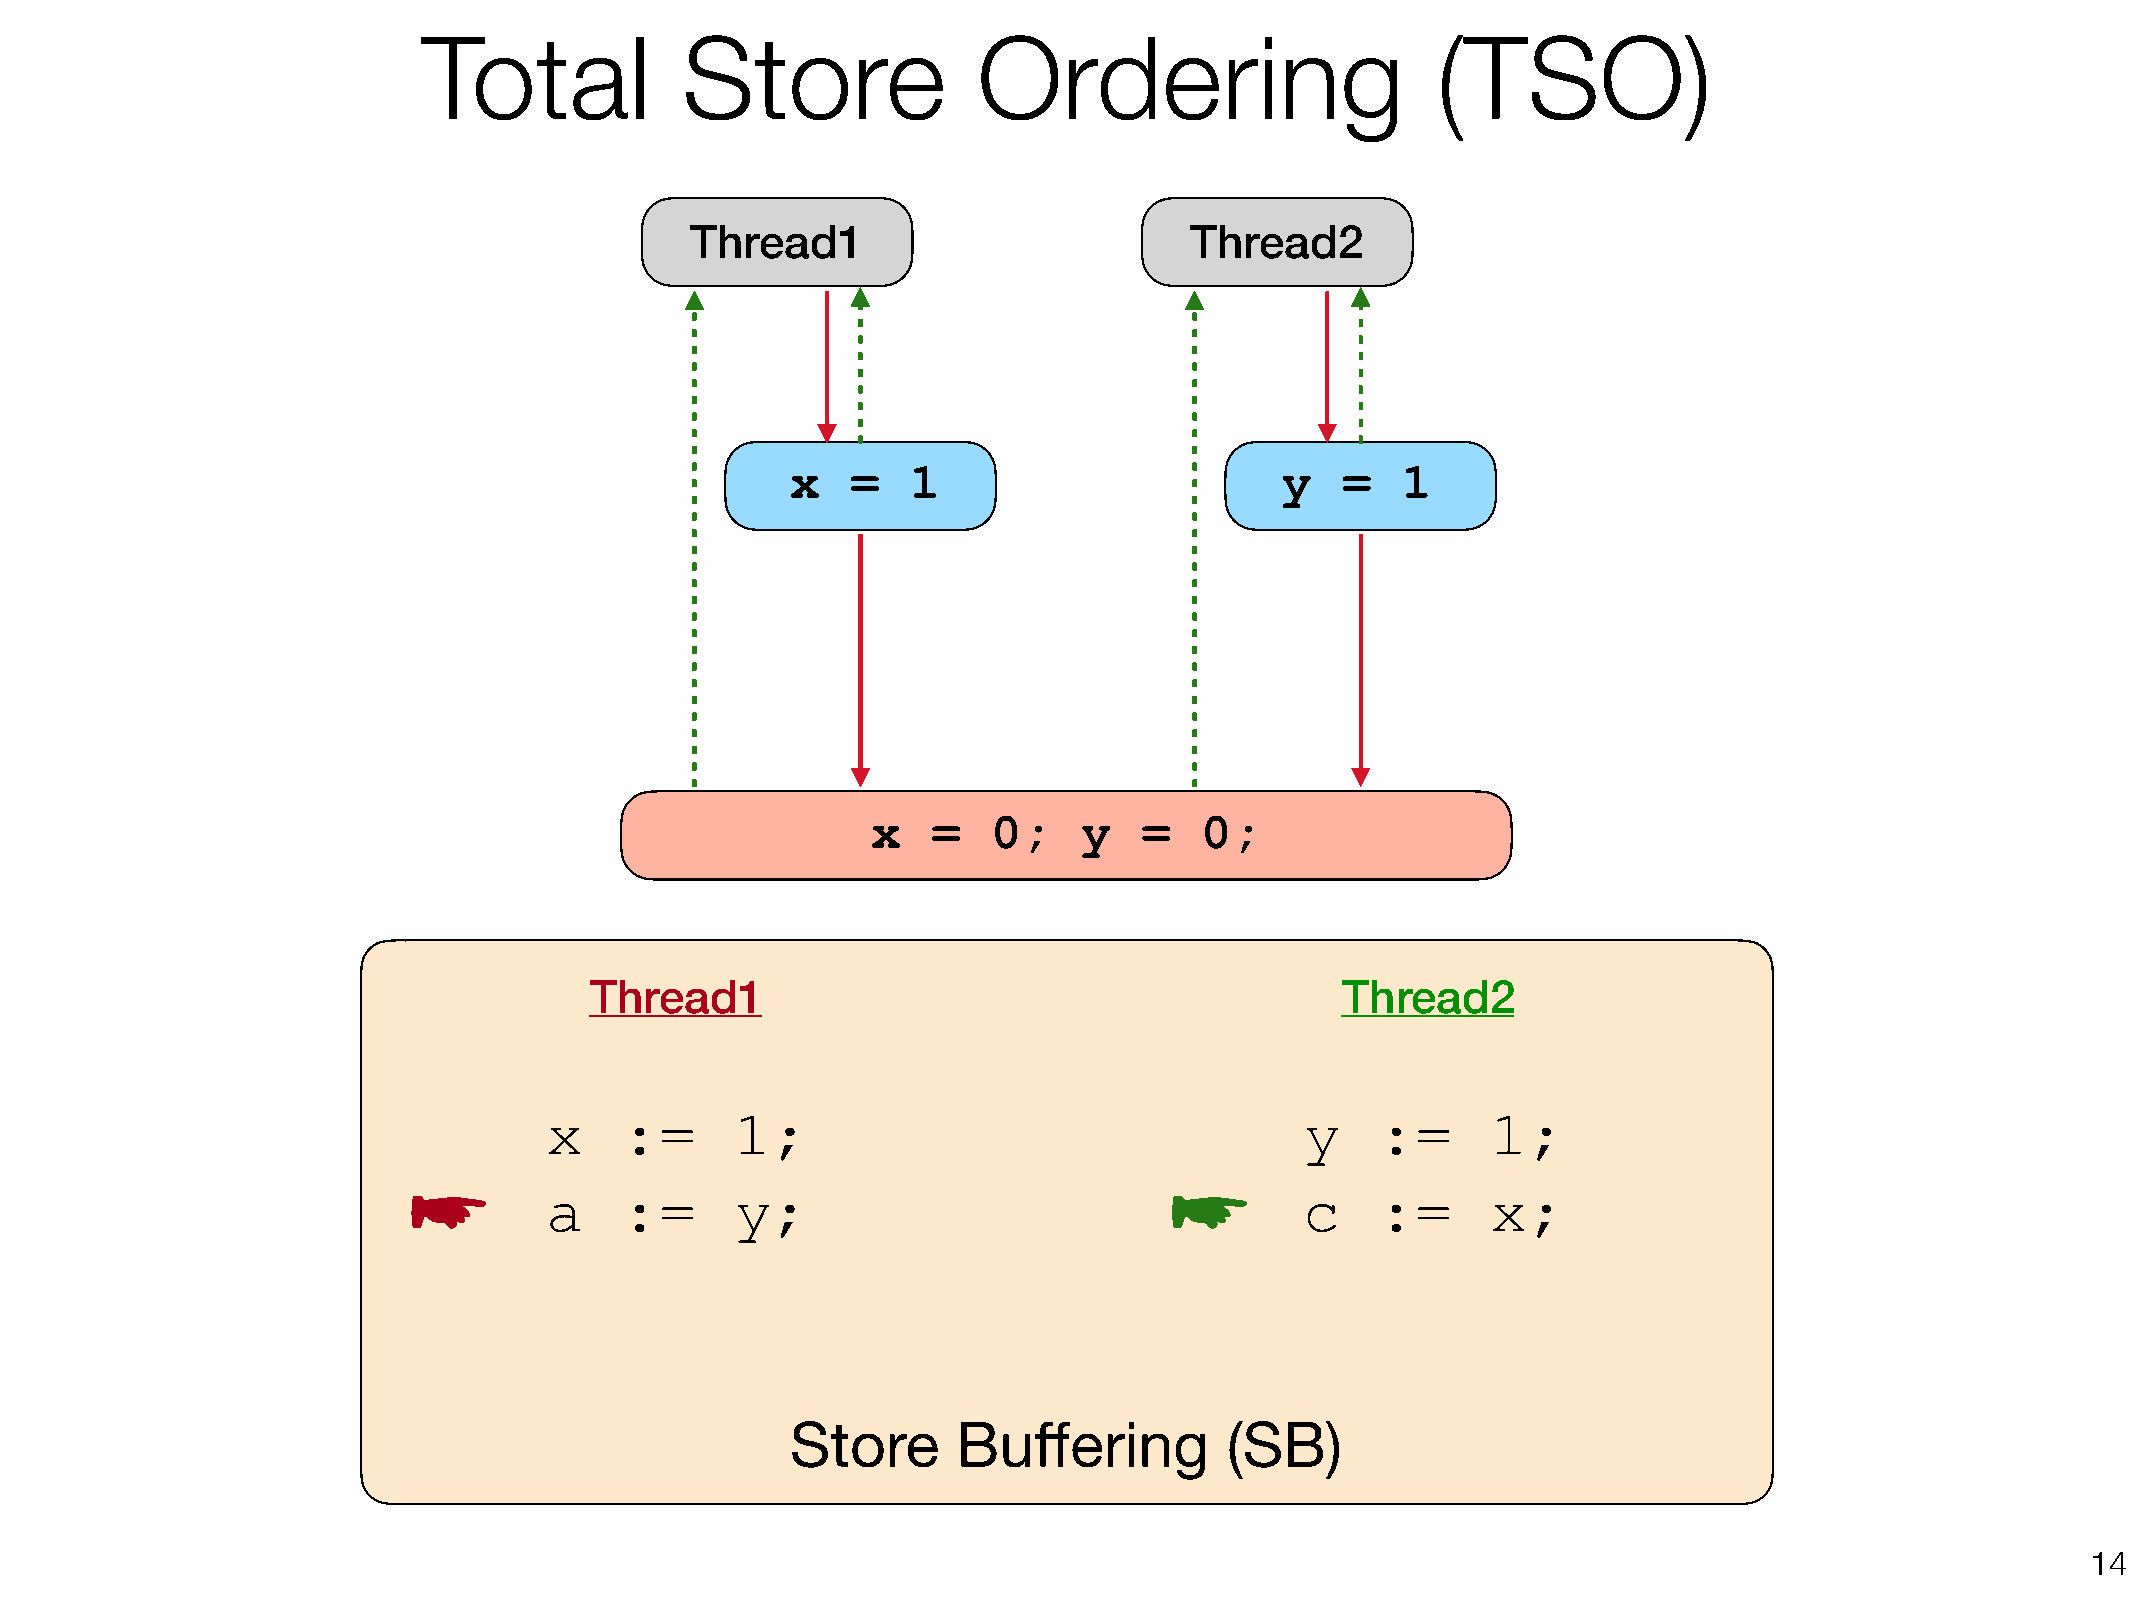
Total            Store               Ordering                      (TSO)
 Thread1                          Thread2
 x   =   1                        y   =   1
 x   =   0;    y   =   0;
 Thread1                                           Thread2
 x    :=      1;                                   y    :=      1;
 ☛                                                 ☛
 a    :=      y;                                   c    :=      x;
 Store      Buffering         (SB)
 !14